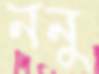
ননু